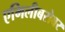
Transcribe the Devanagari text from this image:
एमिलीबरोबर